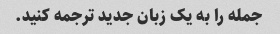
جمله را به یک زبان جدید ترجمه کنید.